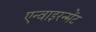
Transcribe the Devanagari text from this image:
एन्वाइरन्मेंट